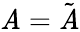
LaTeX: \mathit{A}={\tilde{{\mathit{A}}}}